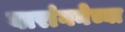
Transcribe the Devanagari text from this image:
वारांगनेच्या